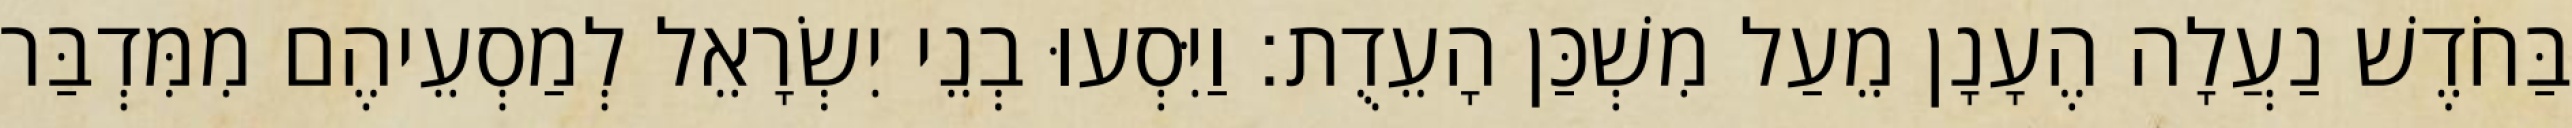
בַּחֹדֶשׁ נַעֲלָה הֶעָנָן מֵעַל מִשְׁכַּן הָעֵדֻת׃ וַיִּסְעוּ בְנֵי יִשְׂרָאֵל לְמַסְעֵיהֶם מִמִּדְבַּר